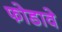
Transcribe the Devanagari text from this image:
फोडावे